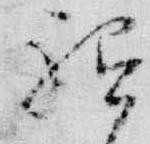
祗